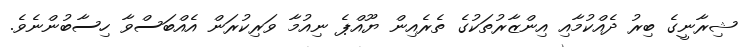
ޝިރާނީގެ ބިރު ދެއްކުމާއި އިންޒާރުތަކުގެ ތެރެއިން ޔޫއްޕެ ނިއުމާ ވަރިކުރަން އެއްބަސްވާ ހިސާބުންނެވެ.